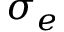
\sigma _ { e }